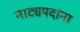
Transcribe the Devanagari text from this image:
नाट्यपदांना